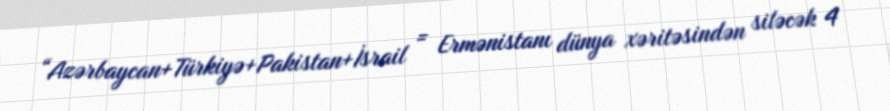
“Azərbaycan+Türkiyə+Pakistan+İsrail = Ermənistanı dünya xəritəsindən siləcək 4